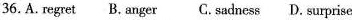
36.A. Regret B. Anger C. Sadness D. Surprise